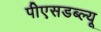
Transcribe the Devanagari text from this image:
पीएसडब्ल्यू